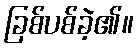
ခြစ်ပစ်ခဲ့၏။